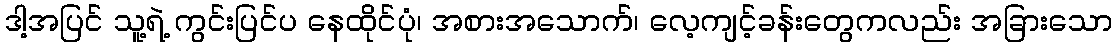
ဒါ့အပြင် သူ့ရဲ့ ကွင်းပြင်ပ နေထိုင်ပုံ၊ အစားအသောက်၊ လေ့ကျင့်ခန်းတွေကလည်း အခြားသော